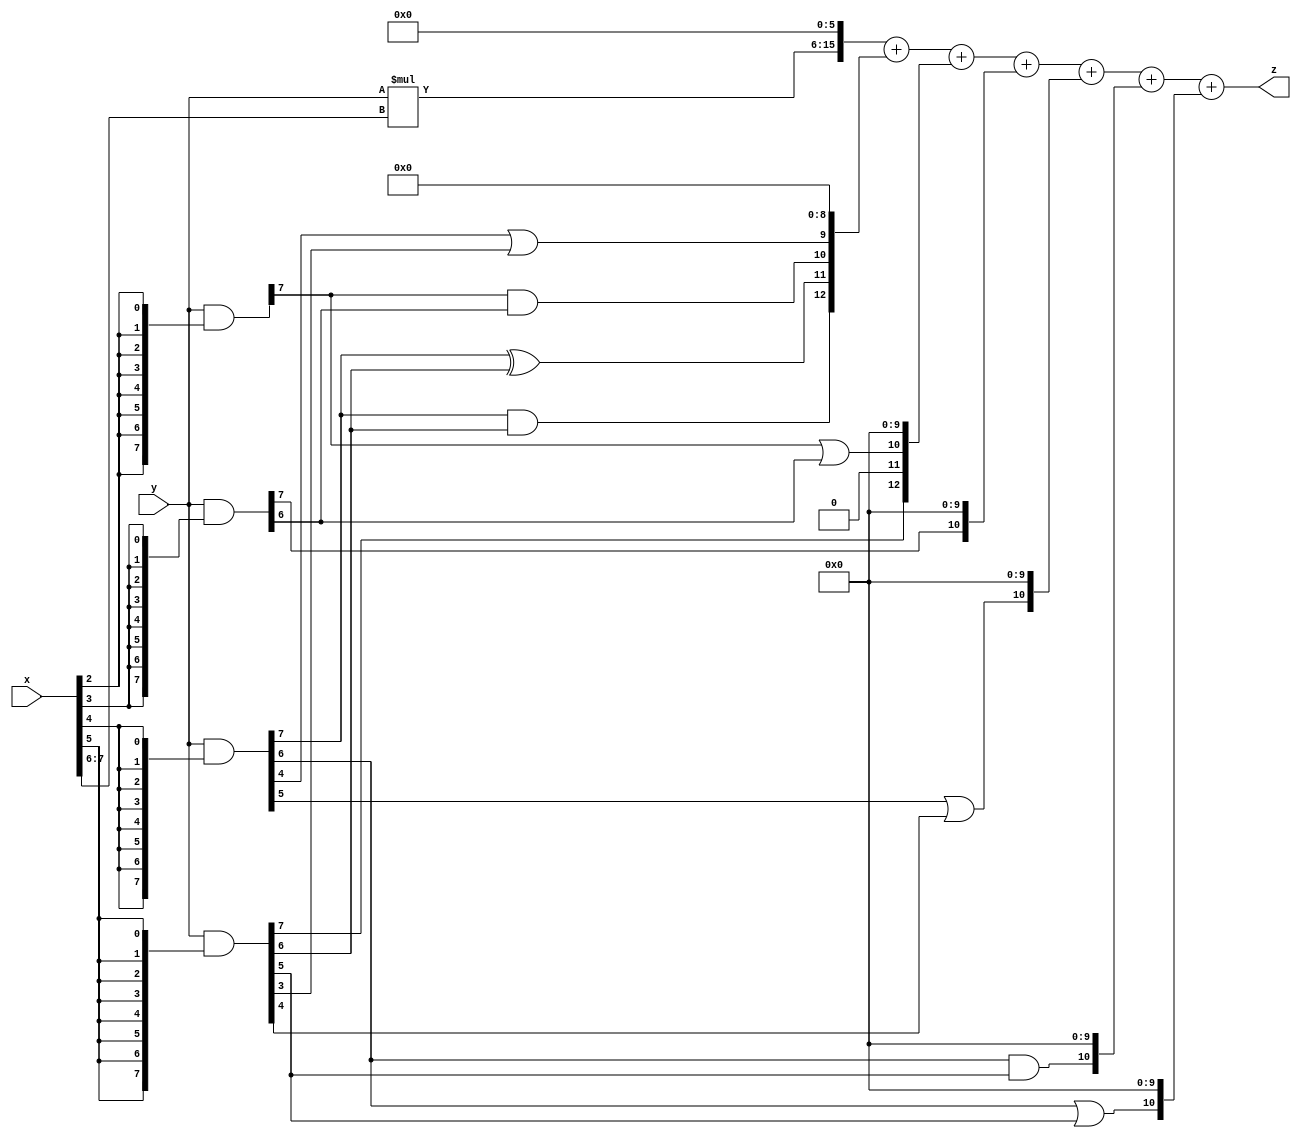
// terms: 10
// fval:  646894.25

module unsigned_8x8_l6_lamb50000_4 (
	input [7:0] x,
	input [7:0] y,
	output [15:0] z
);

wire [9:0] tmp_z = y*x[7:6];

wire [7:0] part1 =  y & {8{x[0]}};
wire [7:0] part2 =  y & {8{x[1]}};
wire [7:0] part3 =  y & {8{x[2]}};
wire [7:0] part4 =  y & {8{x[3]}};
wire [7:0] part5 =  y & {8{x[4]}};
wire [7:0] part6 =  y & {8{x[5]}};

wire [12:0] new_part1;
assign new_part1[0] = 0;
assign new_part1[1] = 0;
assign new_part1[2] = 0;
assign new_part1[3] = 0;
assign new_part1[4] = 0;
assign new_part1[5] = 0;
assign new_part1[6] = 0;
assign new_part1[7] = 0;
assign new_part1[8] = 0;
assign new_part1[9] = part5[4] | part6[3];
assign new_part1[10] = part3[7] & part4[6];
assign new_part1[11] = part5[7] ^ part6[6];
assign new_part1[12] = part5[7] & part6[6];

wire [12:0] new_part2;
assign new_part2[0] = 0;
assign new_part2[1] = 0;
assign new_part2[2] = 0;
assign new_part2[3] = 0;
assign new_part2[4] = 0;
assign new_part2[5] = 0;
assign new_part2[6] = 0;
assign new_part2[7] = 0;
assign new_part2[8] = 0;
assign new_part2[9] = 0;
assign new_part2[10] = part3[7] | part4[6];
assign new_part2[11] = 0;
assign new_part2[12] = part6[7];

wire [10:0] new_part3;
assign new_part3[0] = 0;
assign new_part3[1] = 0;
assign new_part3[2] = 0;
assign new_part3[3] = 0;
assign new_part3[4] = 0;
assign new_part3[5] = 0;
assign new_part3[6] = 0;
assign new_part3[7] = 0;
assign new_part3[8] = 0;
assign new_part3[9] = 0;
assign new_part3[10] = part4[7];

wire [10:0] new_part4;
assign new_part4[0] = 0;
assign new_part4[1] = 0;
assign new_part4[2] = 0;
assign new_part4[3] = 0;
assign new_part4[4] = 0;
assign new_part4[5] = 0;
assign new_part4[6] = 0;
assign new_part4[7] = 0;
assign new_part4[8] = 0;
assign new_part4[9] = 0;
assign new_part4[10] = part5[5] | part6[4];

wire [10:0] new_part5;
assign new_part5[0] = 0;
assign new_part5[1] = 0;
assign new_part5[2] = 0;
assign new_part5[3] = 0;
assign new_part5[4] = 0;
assign new_part5[5] = 0;
assign new_part5[6] = 0;
assign new_part5[7] = 0;
assign new_part5[8] = 0;
assign new_part5[9] = 0;
assign new_part5[10] = part5[6] & part6[5];

wire [10:0] new_part6;
assign new_part6[0] = 0;
assign new_part6[1] = 0;
assign new_part6[2] = 0;
assign new_part6[3] = 0;
assign new_part6[4] = 0;
assign new_part6[5] = 0;
assign new_part6[6] = 0;
assign new_part6[7] = 0;
assign new_part6[8] = 0;
assign new_part6[9] = 0;
assign new_part6[10] = part5[6] | part6[5];

assign z = {tmp_z, 6'd 0} + new_part1 + new_part2 + new_part3 + new_part4 + new_part5 + new_part6;
endmodule